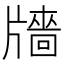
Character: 𤗼